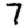
Digit: 7